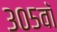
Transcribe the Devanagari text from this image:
३०५वॉ